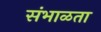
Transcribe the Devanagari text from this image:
संभाळता